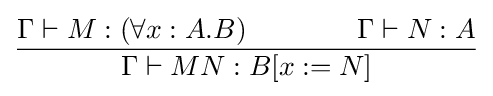
{\Gamma \vdash M:(\forall x:A.B)\qquad \qquad \Gamma \vdash N:A \over {\Gamma \vdash MN:B[x:=N]}}